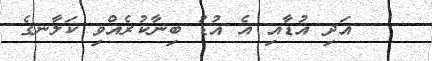
٥    އަދި އުޑާއި އެ އުޑު ބިނާކުރެއްވި ކަލާނގެ